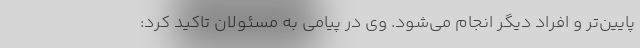
پایین‌تر و افراد دیگر انجام می‌شود. وی در پیامی به مسئولان تاکید کرد: